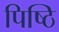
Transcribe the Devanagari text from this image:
पिष्ठि